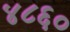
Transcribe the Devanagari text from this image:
४८६०